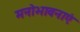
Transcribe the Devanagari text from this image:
मनोभावनाएं